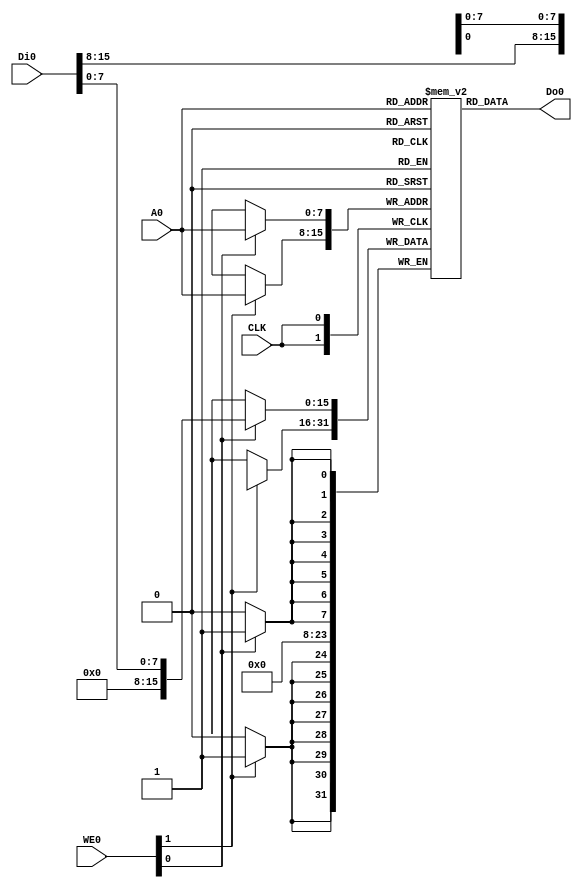
module RAM256x16_ASYNC (
   input CLK,
   input [7:0] A0,
   input [15:0] Di0,
   output [15:0] Do0,
   input [1:0] WE0
);

   reg [15:0] RAM[0:255];
   
   always @(posedge CLK) begin
      if(WE0[0]) RAM[A0][7:0]  <= Di0[7:0];
      if(WE0[1]) RAM[A0][15:8] <= Di0[15:8];
   end
   
   assign Do0 = RAM[A0];
   
endmodule